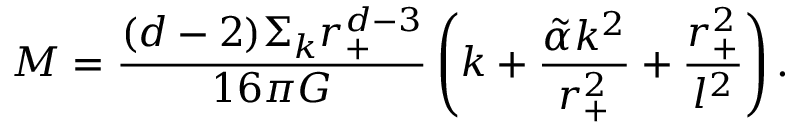
M = \frac { ( d - 2 ) \Sigma _ { k } r _ { + } ^ { d - 3 } } { 1 6 \pi G } \left( k + \frac { \tilde { \alpha } k ^ { 2 } } { r _ { + } ^ { 2 } } + \frac { r _ { + } ^ { 2 } } { l ^ { 2 } } \right) .